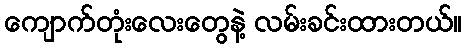
ကျောက်တုံးလေးတွေနဲ့ လမ်းခင်းထားတယ်။